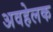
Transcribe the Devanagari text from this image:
अवहेलक